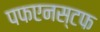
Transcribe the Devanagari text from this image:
पफएनस्टफ